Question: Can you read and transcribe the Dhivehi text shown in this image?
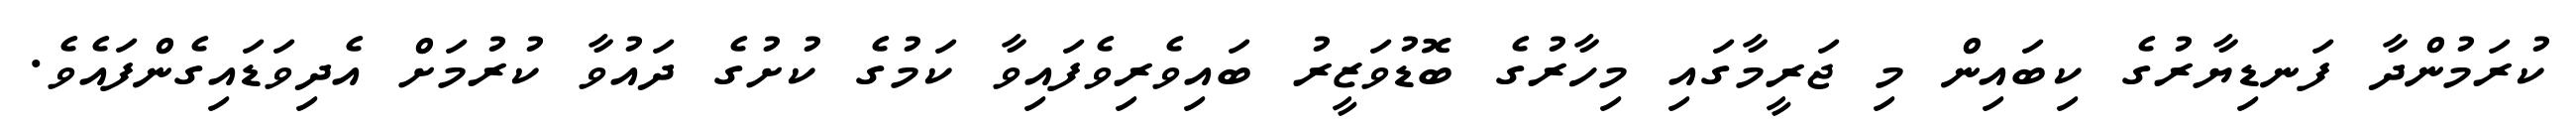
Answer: ކުރަމުންދާ ފަނޑިޔާރުގެ ކިބައިން މި ޖަރީމާގައި މިހާރުގެ ބޮޑުވަޒީރު ބައިވެރިވެފައިވާ ކަމުގެ ކުށުގެ ދައުވާ ކުރުމަށް އެދިވަޑައިގެންފައެވެ.